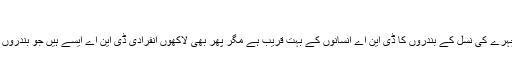
‘‘
سائنس دانوں کا کہنا ہے کہ اگرچہ سرخ چہرے کی نسل کے بندروں کا ڈی این اے انسانوں کے بہت قریب ہے مگر پھر بھی لاکھوں انفرادی ڈی این اے ایسے ہیں جو بندروں اور انسانوں میں فرق کو نمایاں کرتے ہیں۔